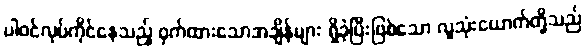
ပါဝင်လုပ်ကိုင်နေသည့် ဝှက်ထားသောအချိန်များ ရှိခဲ့ပြီးဖြစ်သော လူသုံးယောက်တို့သည်